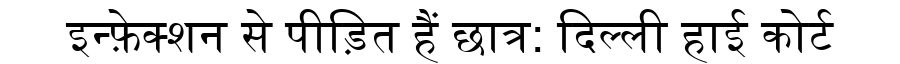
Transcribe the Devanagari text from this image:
इन्फ़ेक्शन से पीड़ित हैं छात्र: दिल्ली हाई कोर्ट